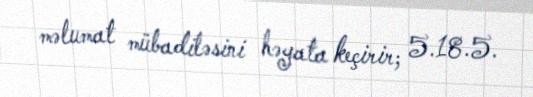
məlumat mübadiləsini həyata keçirir; 5.18.5.